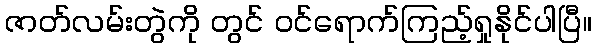
ဇာတ်လမ်းတွဲကို တွင် ဝင်ရောက်ကြည့်ရှုနိုင်ပါပြီ။